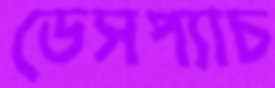
ডেসপ্যাচ